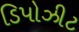
ડિપોઝીટ